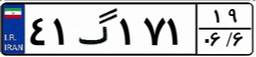
۴۱گ۱۷۱۱۹